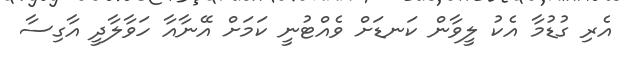
އެރި ގުޑުމާ އެކު ލީވާން ކަނޑަށް ވެއްޓުނީ ކަމަށް އޭނާއާ ހަވާލާދީ އާގިސާ